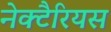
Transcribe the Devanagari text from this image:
नेक्टैरियस